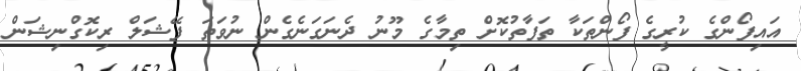
އައިފޯންގެ ކުރީގެ ފޯންތަކާ ތަފާތުކޮށް ތިމާގެ މޫނު ދެނަގަނެގެން ނުވަތަ ފޭޝަލް ރިކޮގްނިޝަން